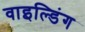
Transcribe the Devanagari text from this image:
वाइल्डिंग